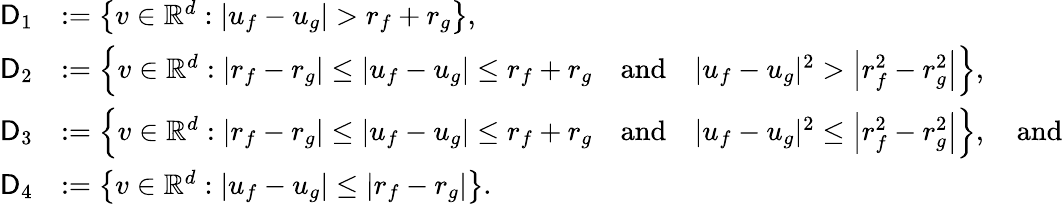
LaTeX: \begin{array}{rl}{\mathsf{D}_{1}}&{:=\left\{ v\in\mathbb{R}^{d}:|u_{f}-u_{g}|>r_{f}+r_{g}\right\} ,}\\ {\mathsf{D}_{2}}&{:=\left\{ v\in\mathbb{R}^{d}:\left|r_{f}-r_{g}\right|\le|u_{f}-u_{g}|\le r_{f}+r_{g}\quad\mathrm{and}\quad|u_{f}-u_{g}|^{2}>\left|r_{f}^{2}-r_{g}^{2}\right|\right\} ,}\\ {\mathsf{D}_{3}}&{:=\left\{ v\in\mathbb{R}^{d}:|r_{f}-r_{g}|\le|u_{f}-u_{g}|\le r_{f}+r_{g}\quad\mathrm{and}\quad|u_{f}-u_{g}|^{2}\le\left|r_{f}^{2}-r_{g}^{2}\right|\right\} ,\quad\mathrm{and}}\\ {\mathsf{D}_{4}}&{:=\left\{ v\in\mathbb{R}^{d}:|u_{f}-u_{g}|\le|r_{f}-r_{g}|\right\} .}\end{array}